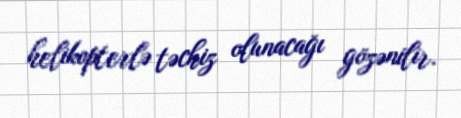
helikopterlə təchiz olunacağı gözənilir.